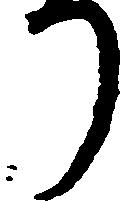
り